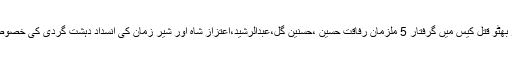
قومی خبر رساں ادارے کو دستیاب اطلاعات کے مطابق سابق وزیر اعظم محترمہ بے نظیر بھٹو قتل کیس میں گرفتار 5 ملزمان رفاقت حسین ،حسنین گل،عبدالرشید،اعتزاز شاہ اور شیر زمان کی انسداد دہشت گردی کی خصوصی عدالت سے بریت کیخلاف ایف آئی اے کی اپیل پرگذشتہ سماعت 26اپریل کو ہوئی تھی ۔